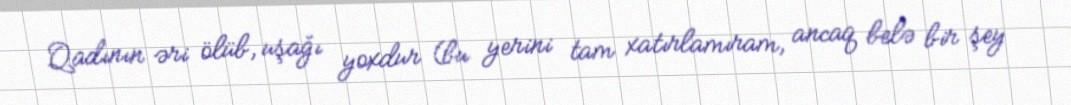
Qadının əri ölüb, uşağı yoxdur (bu yerini tam xatırlamıram, ancaq belə bir şey